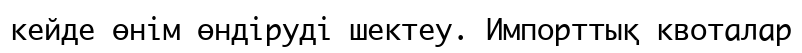
кейде өнім өндіруді шектеу. Импорттық квоталар